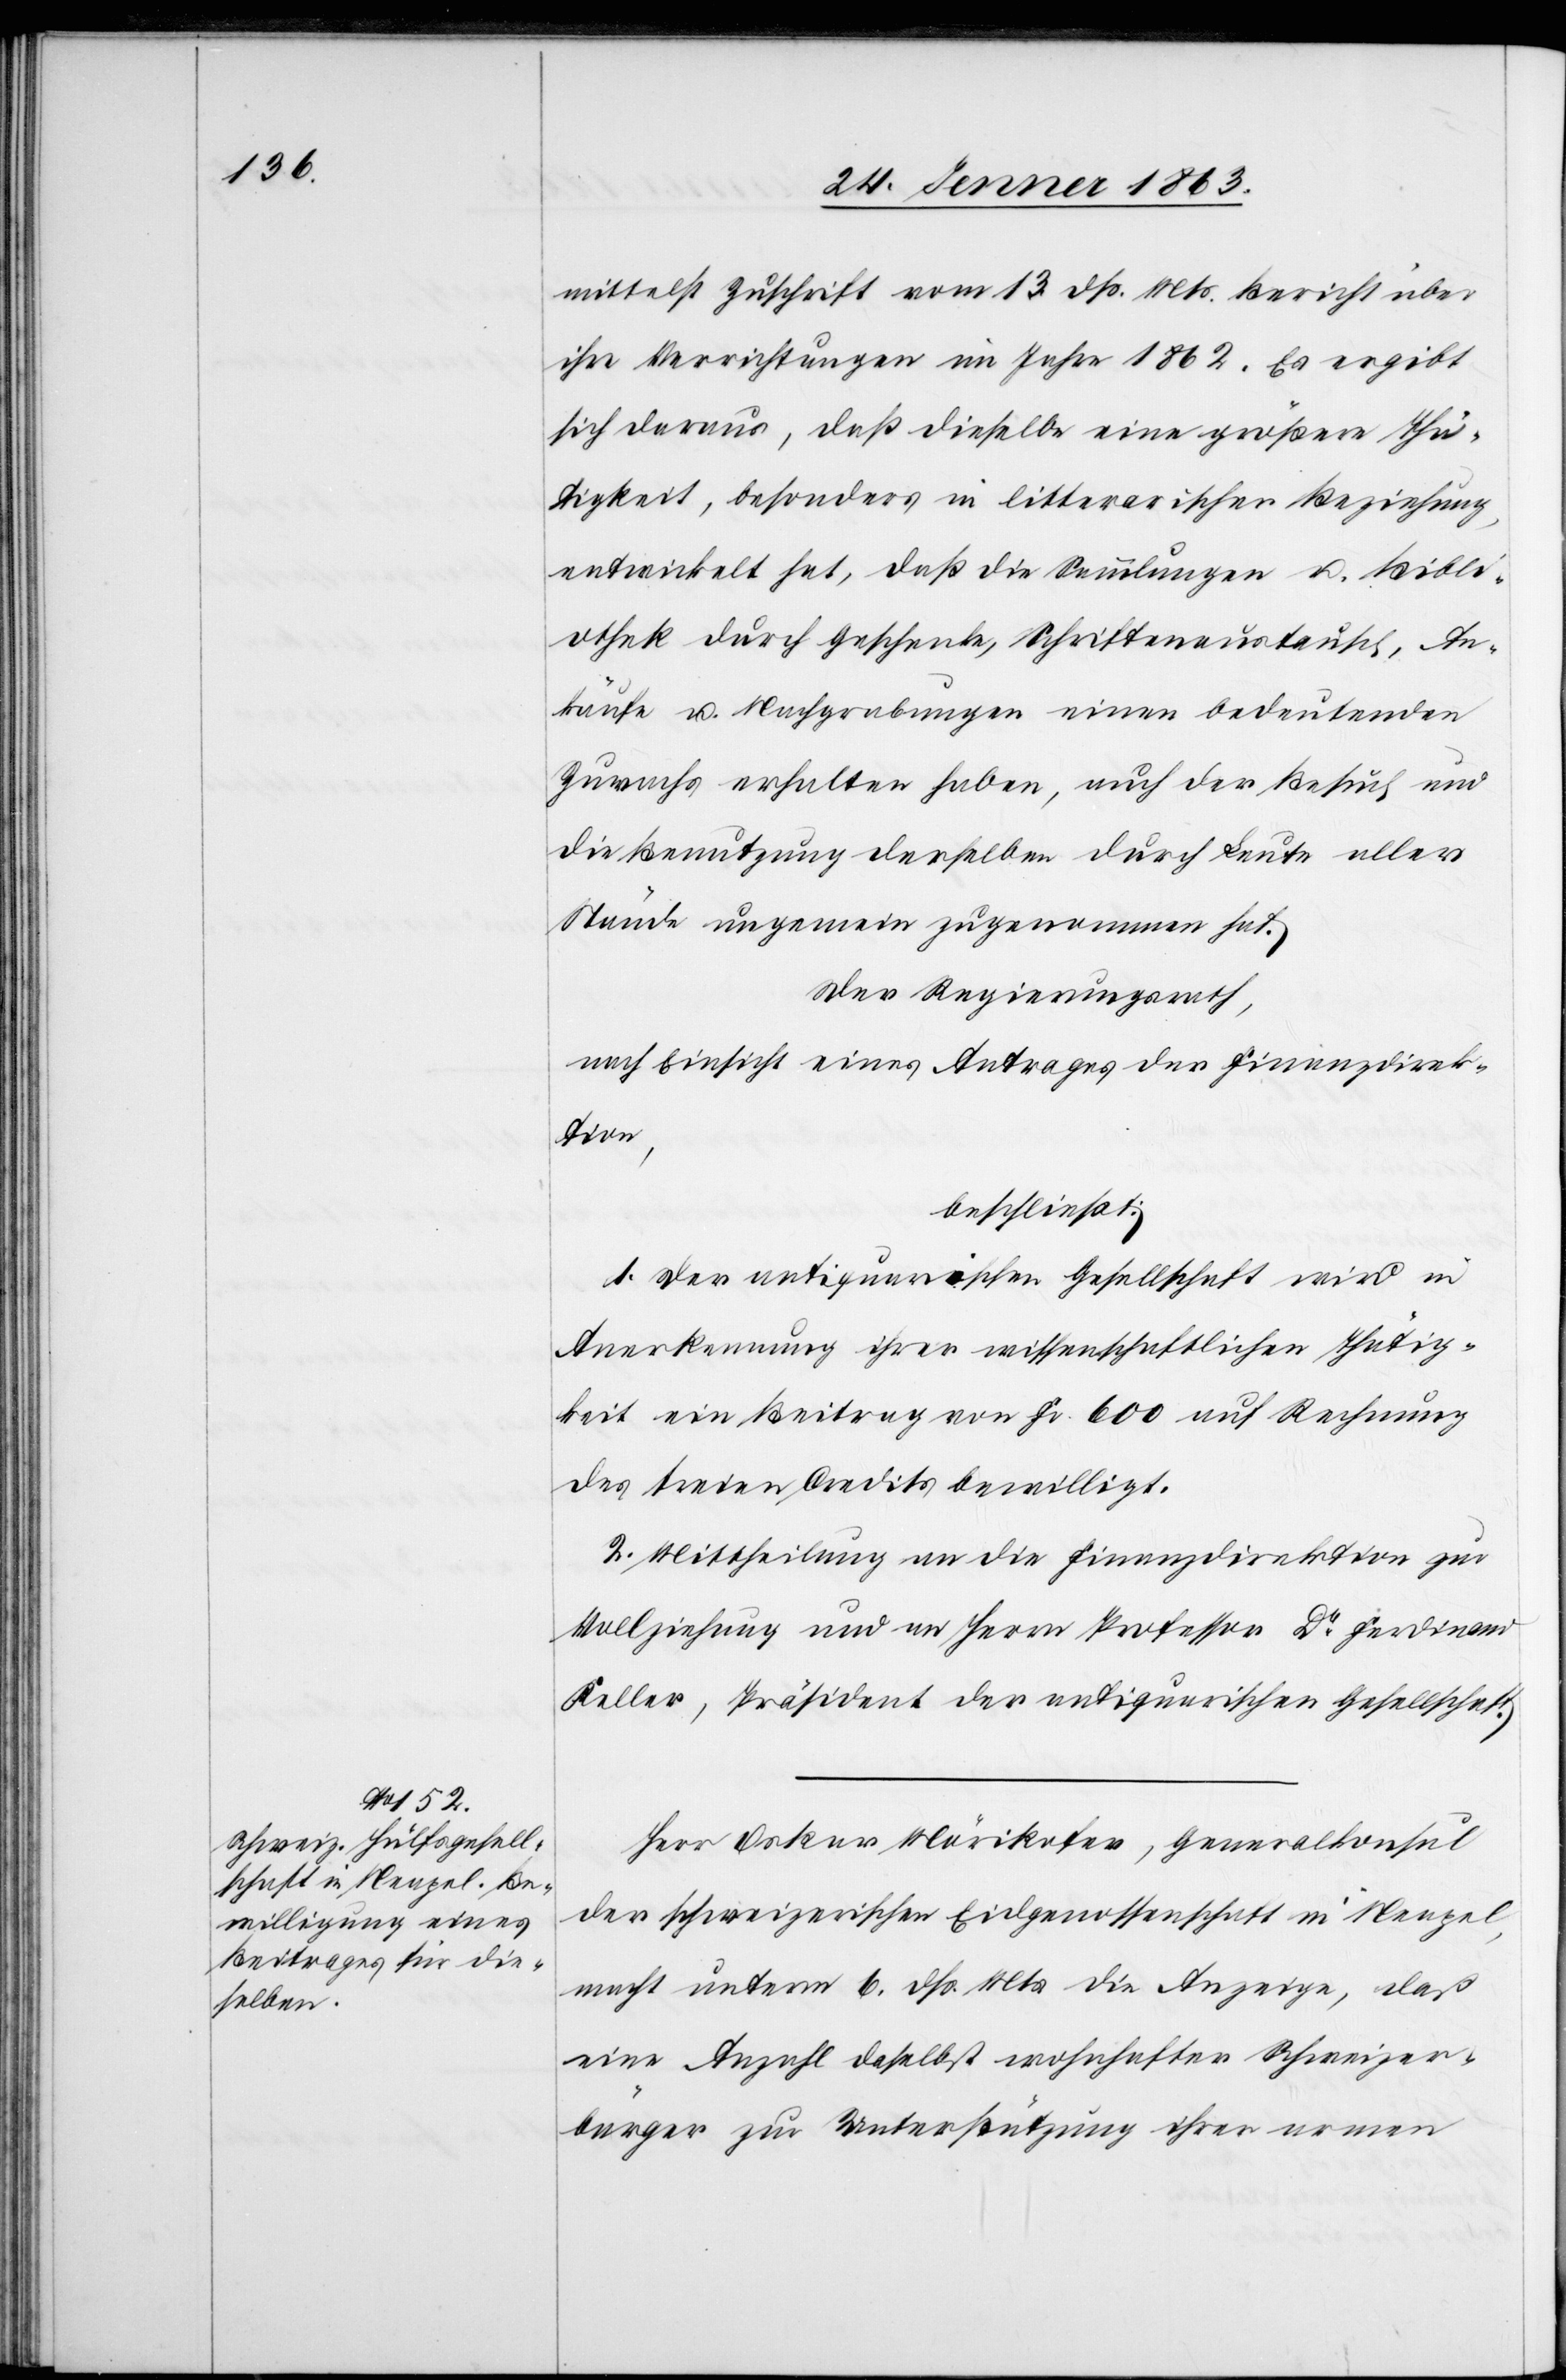
mittelst Zuschrift vom 13. dß. Mts. Bericht über
ihre Verrichtungen im Jahre 1862. Es ergibt
sich daraus, daß dieselbe eine größere Thä¬
tigkeit, besonders in litterarischer Beziehung,
entwickelt hat, daß die Sammlungen u. Bibli¬
othek durch Geschenke, Schriftenaustausch, An¬
käufe u. Nachgrabungen einen bedeutenden
Zuwachs erhalten haben, auch der Besuch und
die Benutzung derselben durch Leute aller
Stände ungemein zugenommen hat.
Der Regierungsrath,
nach Einsicht eines Antrages der Finanzdirek¬
tion,
beschließt:
1. Der antiquarischen Gesellschaft wird in
Anerkennung ihrer wissenschaftlichen Thätig¬
keit ein Beitrag von Fr. 600 auf Rechnung
des freien Credits bewilligt.
2. Mittheilung an die Finanzdirektion zur
Vollziehung und an Herrn Professor Dr Ferdinand
Keller, Präsident der antiquarischen Gesellschaft.
Herr Oskar Mörikofer, Generalkonsul
der schweizerischen Eidgenossenschaft in Neapel,
macht unterm 6. dß. Mts. die Anzeige, daß
eine Anzahl daselbst wohnhafter Schweizer¬
bürger zur Unterstützung ihrer armen